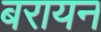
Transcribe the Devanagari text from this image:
बरायन